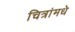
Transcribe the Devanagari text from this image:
चित्रांमधे